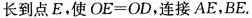
长到点E，使OE=OD，连接AE，BE.